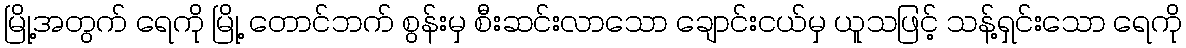
မြို့အတွက် ရေကို မြို့ တောင်ဘက် စွန်းမှ စီးဆင်းလာသော ချောင်းငယ်မှ ယူသဖြင့် သန့်ရှင်းသော ရေကို